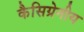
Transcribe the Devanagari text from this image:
कैसिग्रेनीय